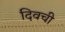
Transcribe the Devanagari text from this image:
दिवची